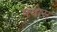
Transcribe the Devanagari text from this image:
फ्यास